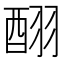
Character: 𮠪